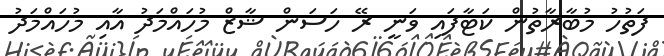
ފަތުހު މުބާރާތުން ކަޓާފައި ވަނީ ރޭ ހަސަން ޝާޒް މުހައްމަދު އާއި މުހައްމަދު